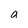
Character: a